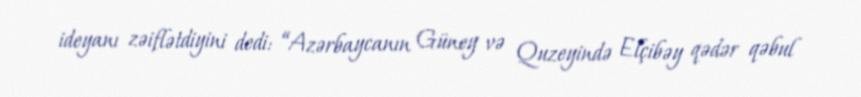
ideyanı zəiflətdiyini dedi: “Azərbaycanın Güney və Quzeyində Elçibəy qədər qəbul